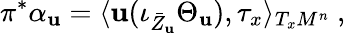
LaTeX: \pi^{*}\alpha_{\mathbf{u}}=\langle\mathbf{u}(\iota_{\bar{{Z}}_{\mathbf{u}}}\Theta_{\mathbf{u}}),\tau_{x}\rangle_{T_{x}M^{n}}\ ,